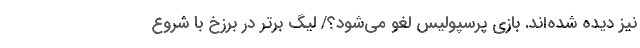
نیز دیده شده‌اند. بازی پرسپولیس لغو می‌شود؟/ لیگ برتر در برزخ با شروع